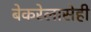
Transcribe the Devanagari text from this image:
बेकरेलासेही